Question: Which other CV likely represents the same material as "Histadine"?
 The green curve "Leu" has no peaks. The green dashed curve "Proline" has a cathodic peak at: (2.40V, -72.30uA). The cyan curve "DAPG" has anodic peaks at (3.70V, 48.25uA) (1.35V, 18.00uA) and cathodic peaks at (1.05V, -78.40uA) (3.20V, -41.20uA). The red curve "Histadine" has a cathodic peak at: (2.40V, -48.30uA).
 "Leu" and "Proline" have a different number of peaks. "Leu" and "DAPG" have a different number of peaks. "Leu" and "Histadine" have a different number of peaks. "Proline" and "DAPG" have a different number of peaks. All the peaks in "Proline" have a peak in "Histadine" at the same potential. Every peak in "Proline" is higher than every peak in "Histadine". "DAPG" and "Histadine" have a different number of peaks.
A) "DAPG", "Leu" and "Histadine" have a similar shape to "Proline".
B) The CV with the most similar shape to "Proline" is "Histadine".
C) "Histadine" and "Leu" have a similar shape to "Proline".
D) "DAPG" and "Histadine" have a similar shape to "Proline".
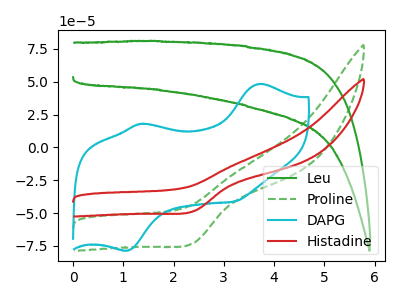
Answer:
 <answer>B) The CV with the most similar shape to "Proline" is "Histadine".</answer>
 <eval>B</eval>